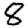
Digit: 8